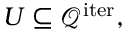
U \subseteq \mathcal { Q } ^ { \mathrm { i t e r } } ,